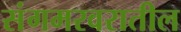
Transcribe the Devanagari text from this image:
संगमरवरातील